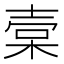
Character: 𣓷